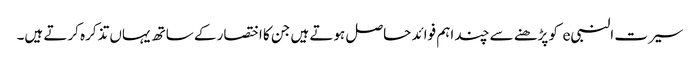
سیرت النبیe کو پڑھنے سے چند اہم فوائد حاصل ہوتے ہیں جن کا اختصار کے ساتھ یہاں تذکرہ کرتے ہیں۔